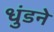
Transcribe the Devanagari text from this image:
धुंडने